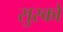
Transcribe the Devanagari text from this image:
सुस्को